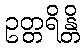
ဥတ္တရိန္တိ